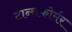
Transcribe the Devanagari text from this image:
ट्रान्सफोर्मर